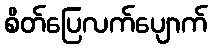
စိတ်ပြေလက်ပျောက်